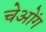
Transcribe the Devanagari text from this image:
चेओंग